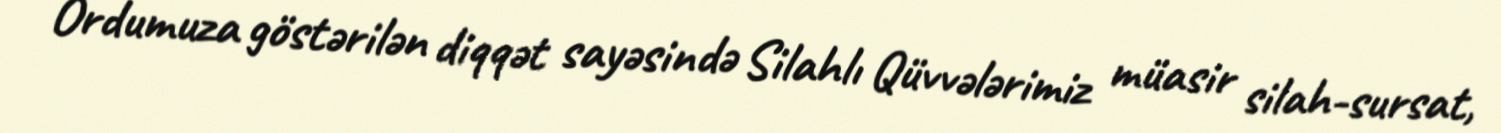
Ordumuza göstərilən diqqət sayəsində Silahlı Qüvvələrimiz müasir silah-sursat,